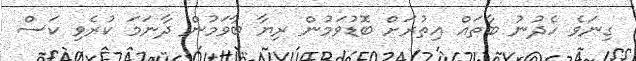
ގިނަވެ ހެދުނު ބާތައް އިތުރަށް ބޮޑުވަމުން ރިޔާ ބާވަމުން ދާނަމަ ކުރެވި ކަސް